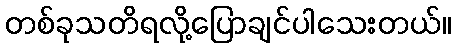
တစ်ခုသတိရလို့ပြောချင်ပါသေးတယ်။